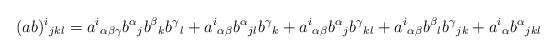
LaTeX: \begin{align*}(ab)^i{}_{jkl}&=a^i{}_{\alpha\beta\gamma}b^\alpha{}_jb^\beta{}_kb^\gamma{}_l+a^i{}_{\alpha\beta}b^\alpha{}_{jl}b^\gamma{}_k+a^i{}_{\alpha\beta}b^\alpha{}_jb^\gamma{}_{kl}+a^i{}_{\alpha\beta}b^\beta{}_lb^\gamma{}_{jk}+a^i{}_\alpha b^\alpha{}_{jkl}\end{align*}